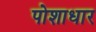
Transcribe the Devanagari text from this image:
पोशाधार